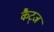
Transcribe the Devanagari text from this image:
कैट्ज